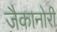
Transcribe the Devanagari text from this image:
जैकानोरी